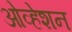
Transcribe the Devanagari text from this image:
ओव्हेशन